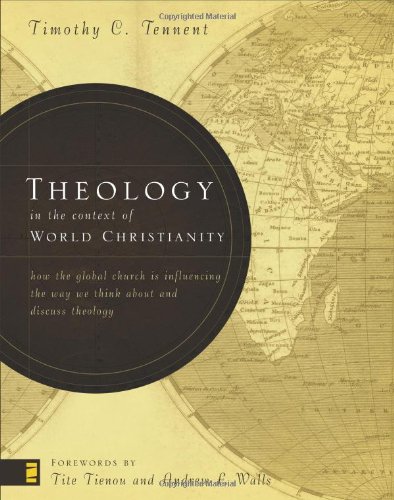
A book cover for Theology in the Context of World Christianity: How the Global Church Is Influencing the Way We Think about and Discuss Theology; Timothy C. Tennent; Religion & Spirituality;